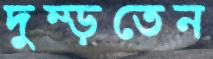
দুম্‌ড়তেন